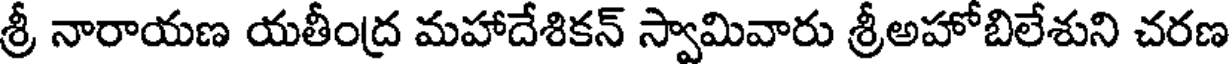
శ్రీ నారాయణ యతీంద్ర మహాదేశికన్ స్వామివారు శ్రీఅహోబిలేశుని చరణ